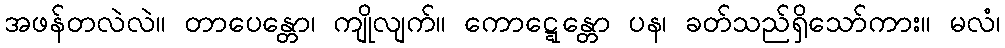
အဖန်တလဲလဲ။ တာပေန္တော၊ ကျိုလျက်။ ကောဋ္ဋေန္တော ပန၊ ခတ်သည်ရှိသော်ကား။ မလံ၊